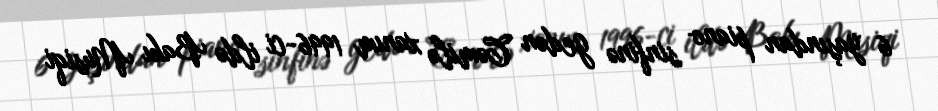
6 yaşından piano sinfinə gedən Cəmilə xanım 1996-ci ildə Bakı Musiqi